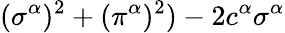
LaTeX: (\sigma^{\alpha})^{2}+(\pi^{\alpha})^{2})-2c^{\alpha}\sigma^{\alpha}